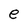
Character: e